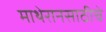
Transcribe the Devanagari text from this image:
माथेरानसाठीचे